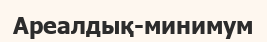
Ареалдық-минимум